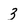
Character: 3